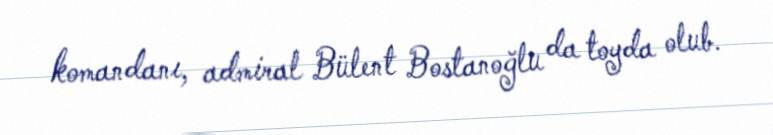
komandanı, admiral Bülent Bostanoğlu da toyda olub.